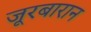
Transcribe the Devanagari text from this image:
जूरबारान